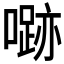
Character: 𱔼